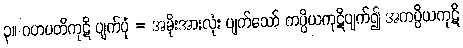
၃။ ဂဟပတိကုဋိ ပျက်ပုံ = အမိုးအားလုံး ပျက်သော် ကပ္ပိယကုဋိပျက်၍ အကပ္ပိယကုဋိ